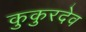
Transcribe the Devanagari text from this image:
कुकुरदेव